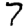
Digit: 7